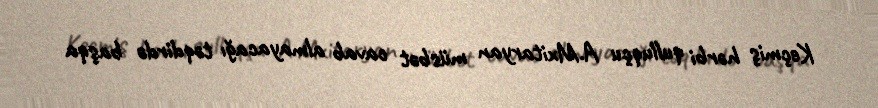
Keçmiş hərbi qulluqçu A.Mxitaryan müsbət cavab almayacağı təqdirdə başqa